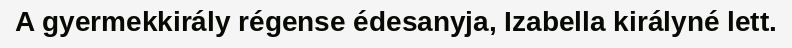
A gyermekkirály régense édesanyja, Izabella királyné lett.